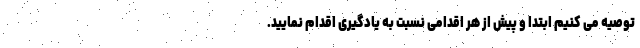
توصیه می کنیم ابتدا و پیش از هر اقدامی نسبت به یادگیری اقدام نمایید.